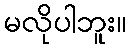
မလိုပါဘူး။